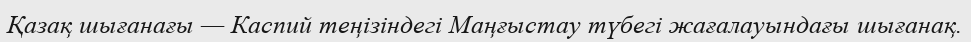
Қазақ шығанағы — Каспий теңізіндегі Маңғыстау түбегі жағалауындағы шығанақ.